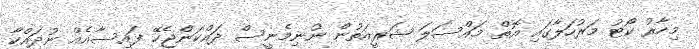
މިހާރު ކޯޓު މަރުހަލާގައި އޮތް މައްސަލަ ޝަރީއަތުން ނުނިމެނީސް ދައްކަންޖެހޭ ފައިސާއެއް ނުދައްކާ